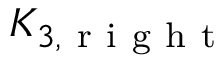
K _ { 3 , \mathrm { ~ r ~ i ~ g ~ h ~ t ~ } }